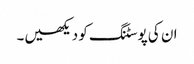
ان کی پوسٹنگ کو دیکھیں۔